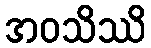
အဝသိဿိ